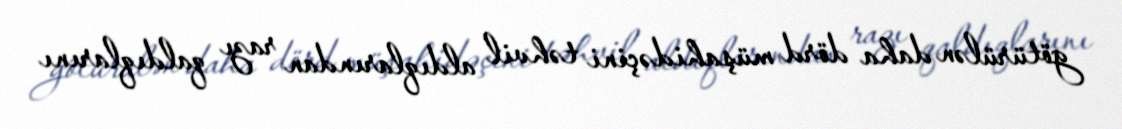
götürülən daha dörd müşahidəçini təhvil aldıqlarından razı qaldıqlarını